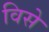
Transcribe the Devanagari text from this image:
विसे